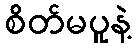
စိတ်မပူနဲ့